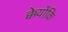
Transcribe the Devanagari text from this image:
क्केयोंकि